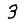
Digit: 3